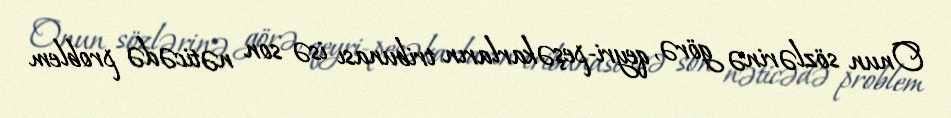
Onun sözlərinə görə, qeyri-peşəkarların tribunası isə son nəticədə problem